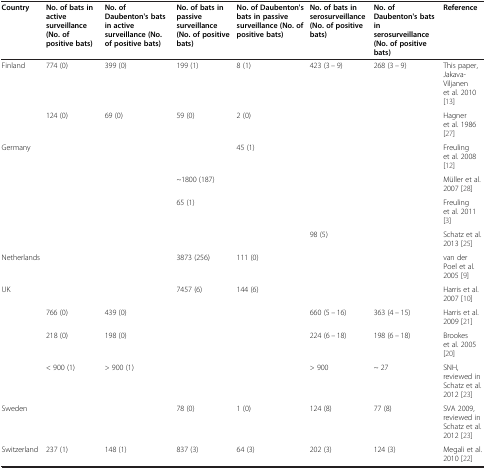
<table><thead><tr><td><b>Country</b></td><td><b>No. of bats in active surveillance (No. of positive bats)</b></td><td><b>No. of Daubenton&#x27;s bats in active surveillance (No. of positive bats)</b></td><td><b>No. of bats in passive surveillance (No. of positive bats)</b></td><td><b>No. of Daubenton&#x27;s bats in passive surveillance (No. of positive bats)</b></td><td><b>No. of bats in serosurveillance (No. of positive bats)</b></td><td><b>No. of Daubenton&#x27;s bats in serosurveillance (No. of positive bats)</b></td><td><b>Reference</b></td></tr></thead><tbody><tr><td>Finland</td><td>774 (0)</td><td>399 (0)</td><td>199 (1)</td><td>8 (1)</td><td>423 (3 – 9)</td><td>268 (3 – 9)</td><td>This paper, Jakava-Viljanen et al. 2010[13]</td></tr><tr><td> </td><td>124 (0)</td><td>69 (0)</td><td>59 (0)</td><td>2 (0)</td><td> </td><td> </td><td>Hagner et al. 1986[27]</td></tr><tr><td>Germany</td><td> </td><td> </td><td> </td><td>45 (1)</td><td> </td><td> </td><td>Freuling et al. 2008 [12]</td></tr><tr><td> </td><td> </td><td> </td><td>~1800 (187)</td><td> </td><td> </td><td> </td><td>Müller et al. 2007 [28]</td></tr><tr><td> </td><td> </td><td> </td><td>65 (1)</td><td> </td><td> </td><td> </td><td>Freuling et al. 2011 [3]</td></tr><tr><td> </td><td> </td><td> </td><td> </td><td> </td><td>98 (5)</td><td> </td><td>Schatz et al. 2013 [25]</td></tr><tr><td>Netherlands</td><td> </td><td> </td><td>3873 (256)</td><td>111 (0)</td><td> </td><td> </td><td>van der Poel et al. 2005 [9]</td></tr><tr><td>UK</td><td> </td><td> </td><td>7457 (6)</td><td>144 (6)</td><td> </td><td> </td><td>Harris et al. 2007 [10]</td></tr><tr><td> </td><td>766 (0)</td><td>439 (0)</td><td> </td><td> </td><td>660 (5 – 16)</td><td>363 (4 – 15)</td><td>Harris et al. 2009 [21]</td></tr><tr><td> </td><td>218 (0)</td><td>198 (0)</td><td> </td><td> </td><td>224 (6 – 18)</td><td>198 (6 – 18)</td><td>Brookes et al. 2005 [20]</td></tr><tr><td> </td><td>&lt; 900 (1)</td><td>&gt; 900 (1)</td><td> </td><td> </td><td>&gt; 900</td><td>~ 27</td><td>SNH, reviewed in Schatz et al. 2012 [23]</td></tr><tr><td>Sweden</td><td> </td><td> </td><td>78 (0)</td><td>1 (0)</td><td>124 (8)</td><td>77 (8)</td><td>SVA 2009, reviewed in Schatz et al. 2012 [23]</td></tr><tr><td>Switzerland</td><td>237 (1)</td><td>148 (1)</td><td>837 (3)</td><td>64 (3)</td><td>202 (3)</td><td>124 (3)</td><td>Megali et al. 2010 [22]</td></tr></tbody></table>